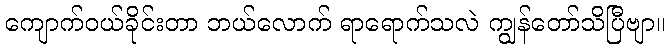
ကျောက်ဝယ်ခိုင်းတာ ဘယ်လောက် ရာရောက်သလဲ ကျွန်တော်သိပြီဗျာ။